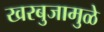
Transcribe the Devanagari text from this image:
खरबुजामुळे